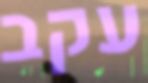
עקב